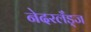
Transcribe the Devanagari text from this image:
नेदरलँड्ज